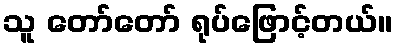
သူ တော်တော် ရုပ်ဖြောင့်တယ်။